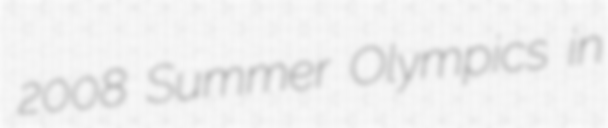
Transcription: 2008 Summer Olympics in